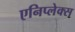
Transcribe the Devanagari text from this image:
एनिप्लेक्स